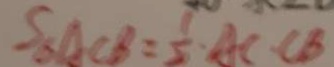
S _ { \Delta } A C B = \frac { 1 } { 2 } \cdot A C \cdot C B